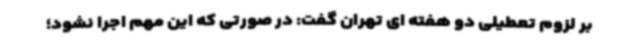
بر لزوم تعطیلی دو هفته ای تهران گفت: در صورتی که این مهم اجرا نشود؛